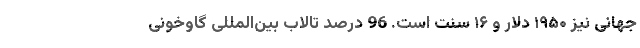
جهانی نیز ۱۹۵۰ دلار و ۱۶ سنت است. 96 درصد تالاب بین‌المللی گاوخونی